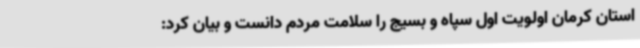
استان کرمان اولویت اول سپاه و بسیج را سلامت مردم دانست و بیان کرد: